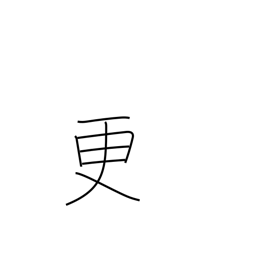
Meaning: renovate